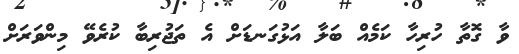
ވާ ގޮތާ ހުރިހާ ކަމެއް ބަލާ އަޅުގަނޑަށް އެ ތަޖުރިބާ ކުރެވޭ މިންވަރަށް